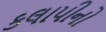
કલાપીનો